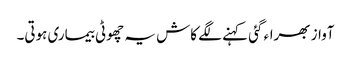
آواز بھراء گئی کہنے لگے کاش یہ چھوٹی بیماری ہوتی۔